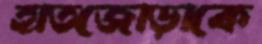
হাতজোড়াকে